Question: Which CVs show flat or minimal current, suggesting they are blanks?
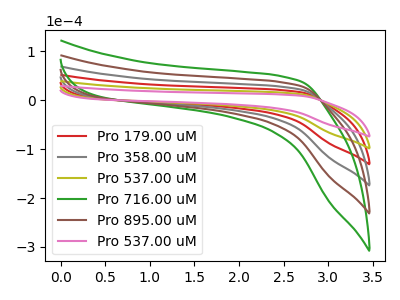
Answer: <think>The red curve "Pro 179.00 uM" has no peaks. The gray curve "Pro 358.00 uM" has no peaks. The olive curve "Pro 537.00 uM" has no peaks. The green curve "Pro 716.00 uM" has no peaks. The brown curve "Pro 895.00 uM" has no peaks. The pink curve "Pro 537.00 uM" has no peaks.</think>
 <answer>"Pro 179.00 uM", "Pro 358.00 uM", "Pro 537.00 uM", "Pro 716.00 uM", "Pro 895.00 uM" and "Pro 537.00 uM" are likely to be blanks.</answer>
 <eval>"Pro 179.00 uM", "Pro 358.00 uM", "Pro 537.00 uM", "Pro 716.00 uM", "Pro 895.00 uM", "Pro 537.00 uM"</eval>